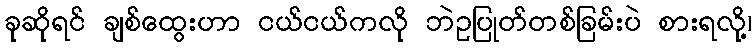
ခုဆိုရင် ချစ်ထွေးဟာ ငယ်ငယ်ကလို ဘဲဥပြုတ်တစ်ခြမ်းပဲ စားရလို့၊